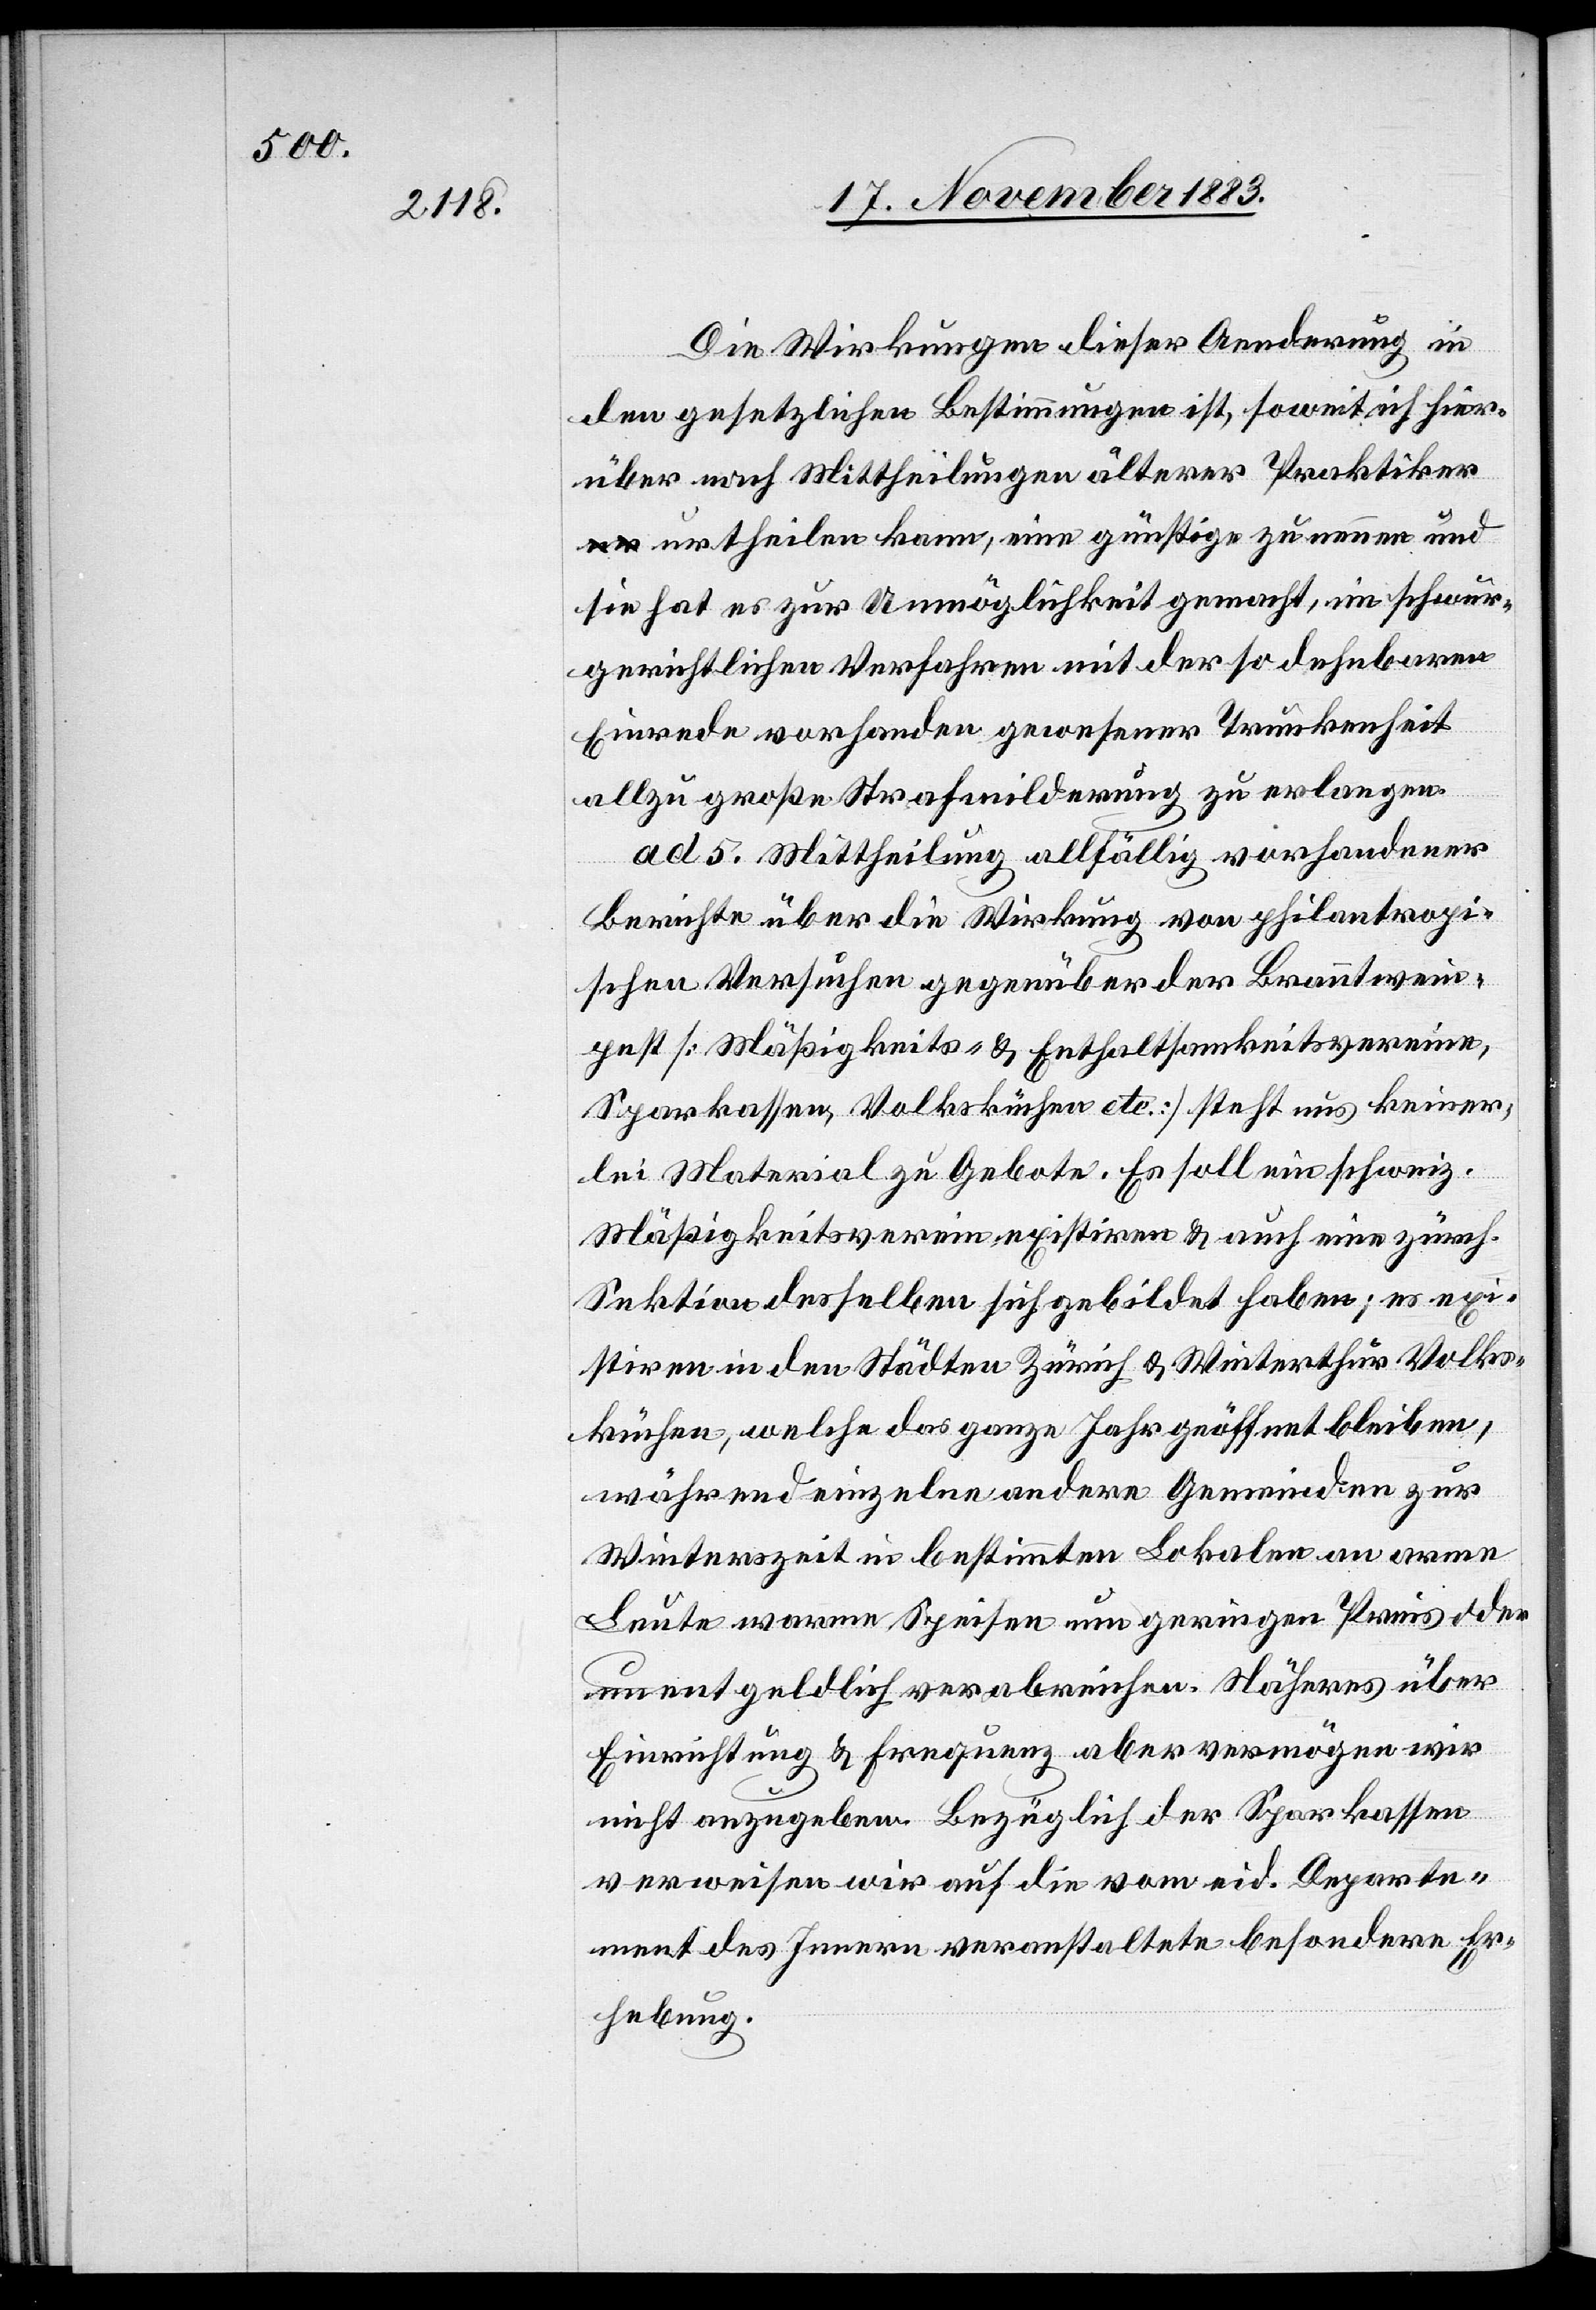
Die Wirkungen dieser Aenderung in
den gesetzlichen Bestimmungen ist, soweit ich hier¬
über nach Mittheilung älterer Praktiker
urtheilen kann, eine günstige zu nennen und
sie hat es zur Unmöglichkeit gemacht, im schwur¬
gerichtlichen Verfahren mit der so dehnbaren
Einrede vorhanden gewesener Trunkenheit
allzu große Strafmilderung zu erlangen.
ad 5. Mittheilung allfällig vorhandener
Bericht über die Wirkung von philantropi¬
schen Versuchen gegenüber der Branntwein¬
pest [Mäßigkeits- & Enthaltsamkeitsvereine,
Sparkassen, Volksküchen etc.] steht uns keiner¬
lei Material zu Gebote. Es soll ein schweiz.
Mäßigkeitsverein existiren & auch eine zürch.
Sektion desselben sich gebildet haben; es exi¬
stiren in den Städten Zürich & Winterthur Volks¬
küchen, welche das ganze Jahr geöffnet bleiben,
während einzelne andere Gemeinden zur
Winterszeit in bestimmten Lokalen an arme
Leute warme Speisen um geringen Preis oder
unentgeldlich verabreichen. Näheres über
Einrichtung & Frequenz aber vermögen wir
nicht anzugeben. Bezüglich der Sparkassen
verweisen wir auf die vom eid. Departe¬
ment des Innern veranstaltete besondere Er¬
hebung.